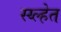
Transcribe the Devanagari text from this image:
स्य्ल्हेत